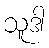
သူဒါ